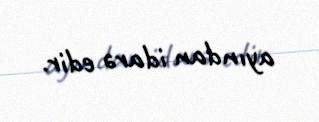
ayından idarə edir.